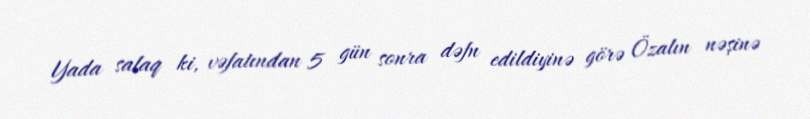
Yada salaq ki, vəfatından 5 gün sonra dəfn edildiyinə görə Özalın nəşinə